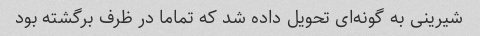
شیرینی به گونه‌ای تحویل داده شد که تماما در ظرف برگشته بود